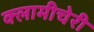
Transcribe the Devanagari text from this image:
क्‍लामीचेरी